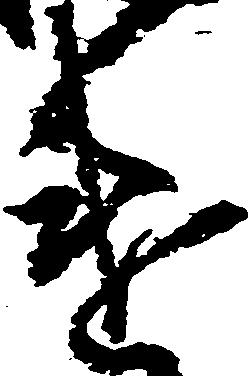
違